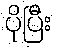
ပိုပြီး